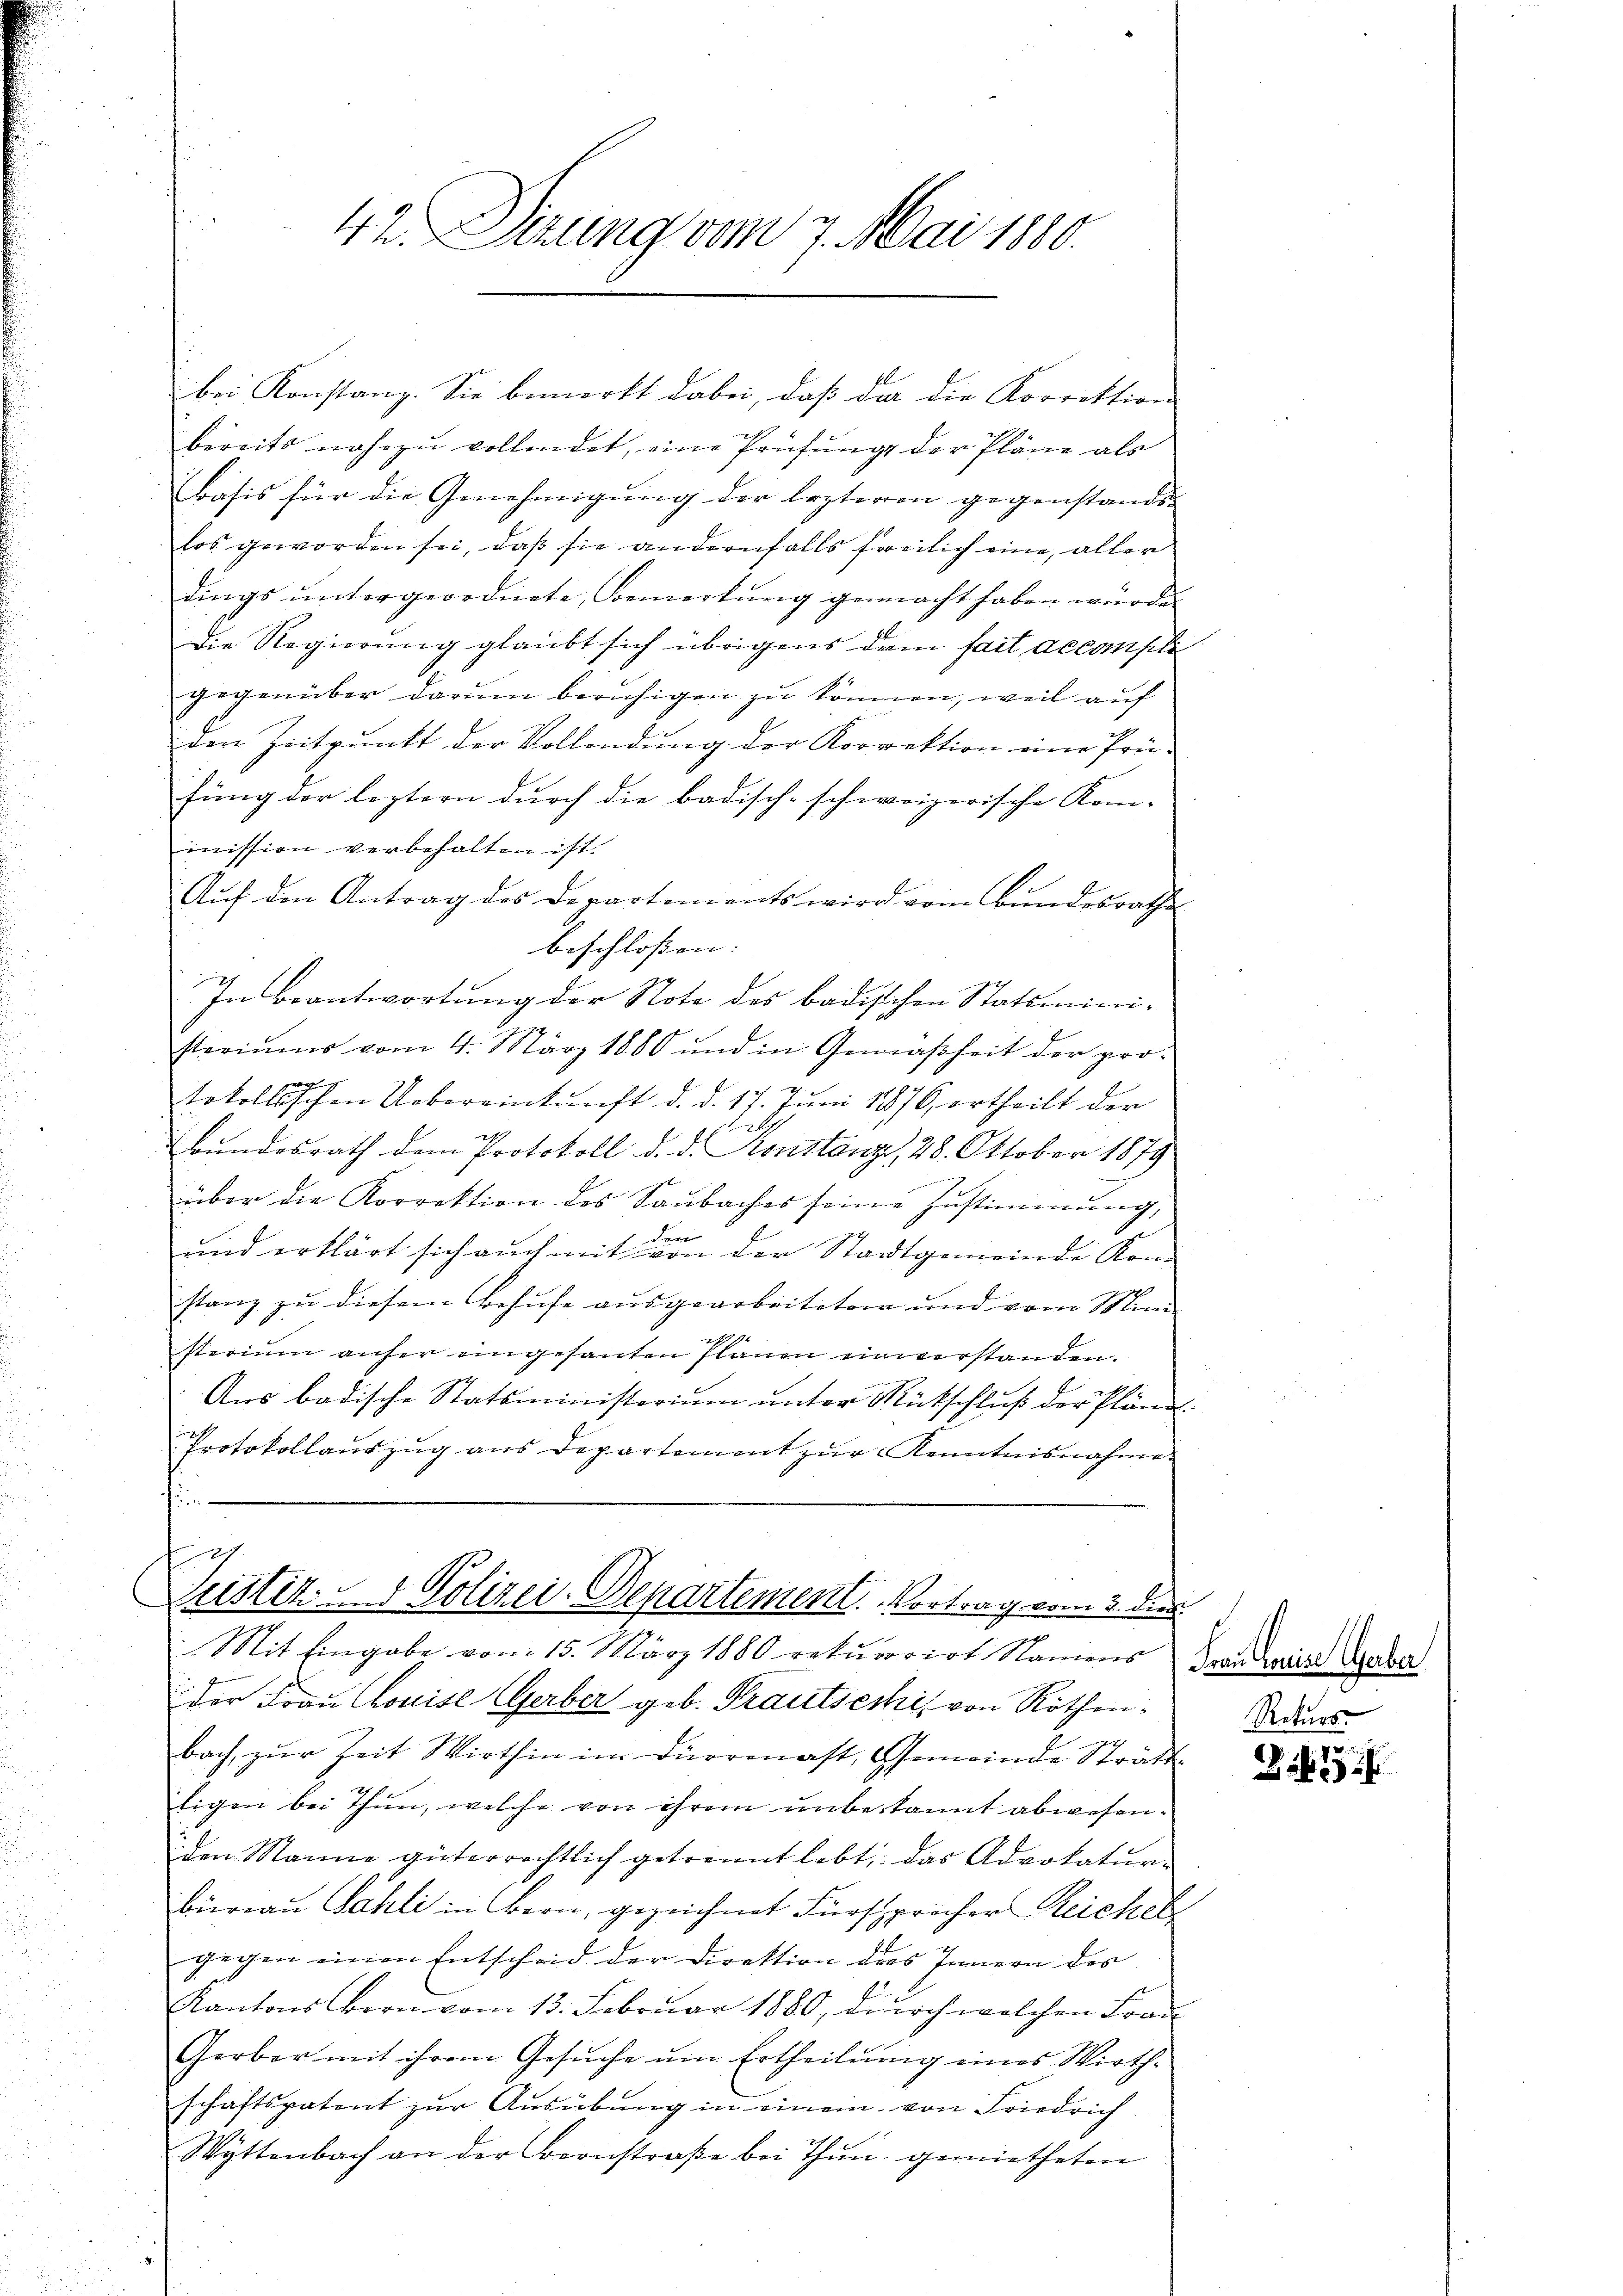
42. Sierung vom 7. Mai 1880.

bei Konstanz. Sie bemerkt dabei, daß da die Korrektion
bereits nahezu vollendet, eine Prüfungs der Pläne als
Basis für die Genehmigung der lezteren gegenstands-
los geworden sei, daß sie andernfalls freilich eine, aller
dings untergeordnete Bemerkung gemacht haben wurde.
die Regierung glaubt sich übrigens dem fait accompli
gegenüber darum beruhigen zu können, weil auf
der Zeitpunkt der Vollendung der Korrektion eine Prü-
fung der leztern durch die badisch-schweizerische Kom-
mission verbehalten ist.
Aŭf den Antrag des Departements wird vom Bŭndesrathes
beschlossen: |
In Beantwortung der Note des badischen Statsministeriums vom 4. März 1880 und in Gemäßheit der pro-
tokollischen Uebereinkunft d. d. 17. Juni 1876 ertheilt der
e
Bundesrath dem Protokoll d. d. Konstanz, 28. Oktober 1879
über die Korrektion des Saubaches seine Zustimmung,
den
und erklärt sich auch mit von der Stadtgemeinde Kon¬
1
stanz zu diesem Behufe ausgearbeiteten und vom Mini-
.
sterium anher eingesanten Planen einverstanden.
Aus badische Statsministerium unter Rückschluß der Pländ
Protokollauszug aus Departement zŭr Kenntnisnahme
f

Justiz- & Polizei-Departement. Vortrag vom 3. dies

Mit Eingabe vom 15. März 1880 rekurrirt Namens Freizerist Gaber
der Frau Clouise Gerber geb. Trautsecki von Röthen.

bach, zur Zeit Wirthin im Dürrenast, Gemeinde Strast
Eigen bei Thun, welche von ihrem unbekannt abwesen.
iden Manne güterrechtlich getrennt lebt das Advokaturbüreau Sahli in Bern, gezeichnet Fürsprecher Reichel
gegen einen Entscheid der Direktion des Innern des
Kantons Bern vom 13. Februar 1880, durch welchen Frau
Gerber mit ihrem Gesuche um Ertheilung eines Wirthschaftspatent zŭr Aŭsübŭng in einem von Friedrich
Wyttenbach an der Bonstraße bei Thun gemietheten

Rekurs-

Z.43